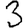
Digit: 3